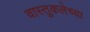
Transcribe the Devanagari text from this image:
वास्तुकलेच्या